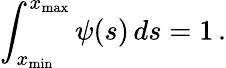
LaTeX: \int_{x_{\mathrm{min}}}^{x_{\mathrm{max}}}\psi(s)\, ds=1\, .